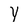
Character: Y